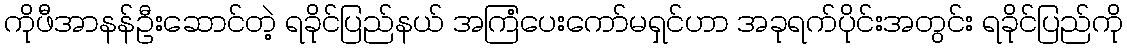
ကိုဖီအာနန်ဦးဆောင်တဲ့ ရခိုင်ပြည်နယ် အကြံပေးကော်မရှင်ဟာ အခုရက်ပိုင်းအတွင်း ရခိုင်ပြည်ကို